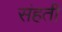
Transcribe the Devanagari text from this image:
संहती